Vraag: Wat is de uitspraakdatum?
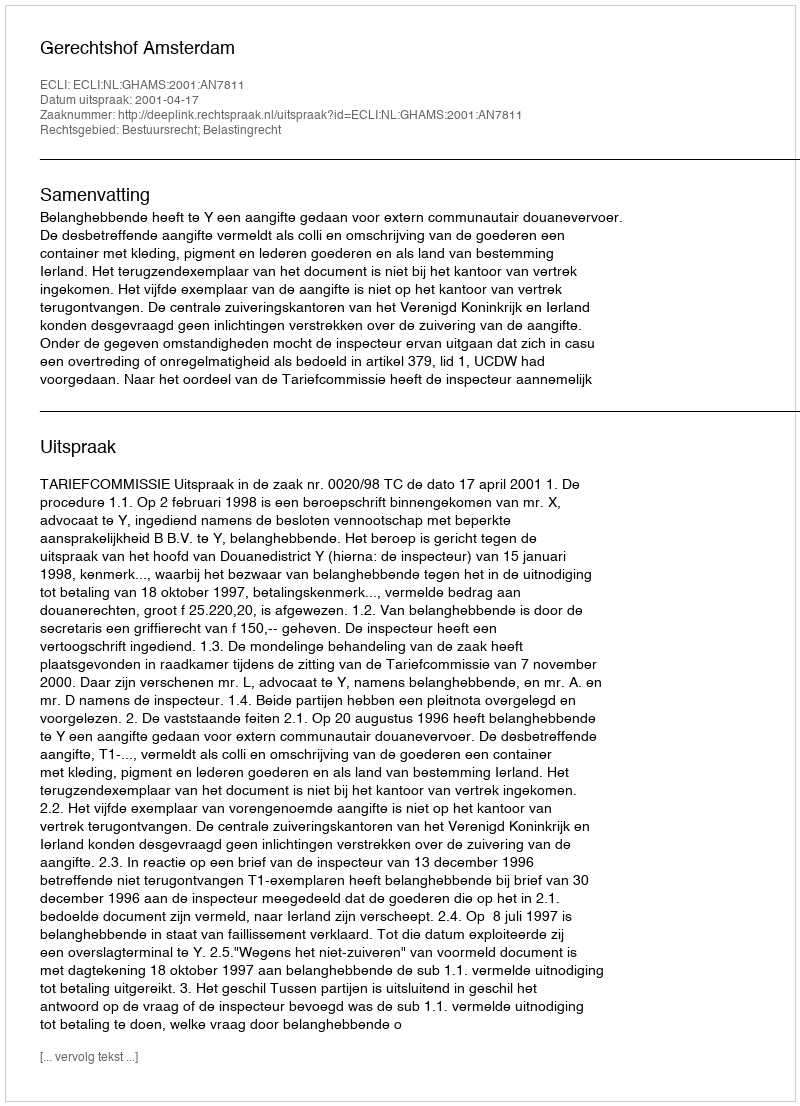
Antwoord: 2001-04-17